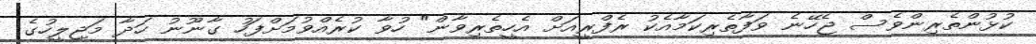
ކުޅުންތެރިންވެސް ޖެހޭނެ ވަފާތެރިކަމާއެކު ރެފްރީއަށް އެހީތެރިވާން" ހުވާ ކުރެއްވުމަށްފަހު ގާނޫނު ހަދާ މަޖިލީހުގެ